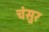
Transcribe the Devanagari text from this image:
चंसुर